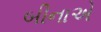
બીનાએ